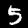
Digit: 5